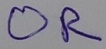
Text: OR